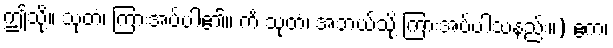
ဤသို့။ သုတံ၊ ကြားအပ်ပါ၏။ ကိံ သုတံ၊ အဘယ်သို့ ကြားအပ်ပါသနည်း။) ဧကံ၊